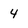
Character: 4